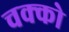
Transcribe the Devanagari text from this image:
चक्को